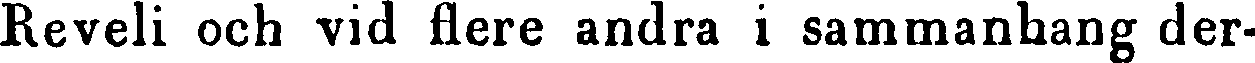
Reveli och vid flere andra i sammanhang der-